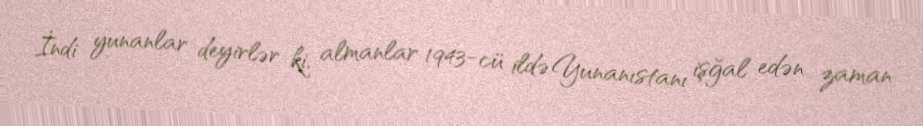
İndi yunanlar deyirlər ki, almanlar 1943-cü ildə Yunanıstanı işğal edən zaman